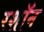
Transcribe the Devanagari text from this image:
रशॉन